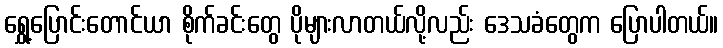
ရွှေ့ပြောင်းတောင်ယာ စိုက်ခင်းတွေ ပိုများလာတယ်လို့လည်း ဒေသခံတွေက ပြောပါတယ်။